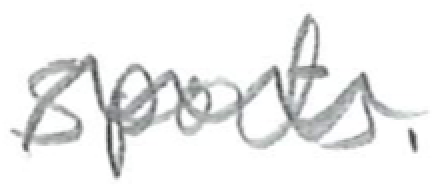
Text: Sports.
Cross-out: wave
Writing tool: pencil